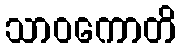
သာဝကောတိ